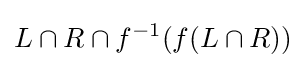
L\cap R\cap f^{-1}(f(L\cap R))